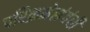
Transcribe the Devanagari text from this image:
परिक्रमेसंबंधी